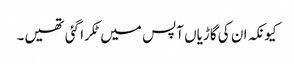
کیونکہ ان کی گاڑیاں آپس میں ٹکرا گئی تھیں۔